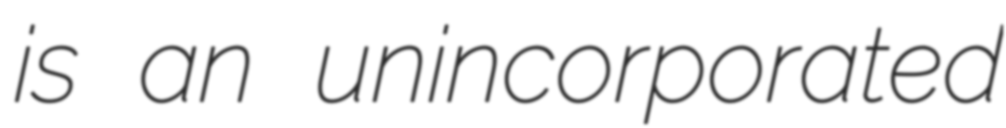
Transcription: is an unincorporated